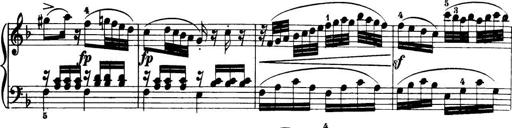
Title: 32 Sonatinas and Rondos for the Piano
Composer: Richard Kleinmichel